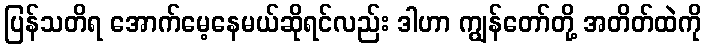
ပြန်သတိရ အောက်မေ့နေမယ်ဆိုရင်လည်း ဒါဟာ ကျွန်တော်တို့ အတိတ်ထဲကို